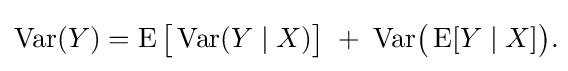
\operatorname {Var} (Y)=\operatorname {E} {\bigl [}\operatorname {Var} (Y\mid X){\bigr ]}\;+\;\operatorname {Var} \!{\bigl (}\operatorname {E} [Y\mid X]{\bigr )}.\!